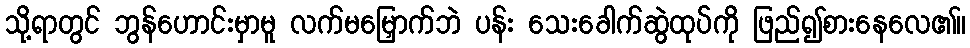
သို့ရာတွင် ဘွန်ဟောင်းမှာမူ လက်မမြှောက်ဘဲ ပန်း သေးခေါက်ဆွဲထုပ်ကို ဖြည်၍စားနေလေ၏။